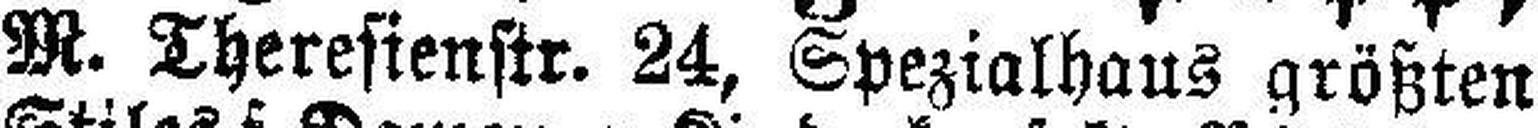
M. Theresienstr. 24, Spezialhaus größten